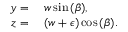
\begin{array} { r l } { y = { } } & { { } w \sin { ( \beta ) } , } \\ { z = { } } & { { } ( w + \epsilon ) \cos { ( \beta ) } . } \end{array}